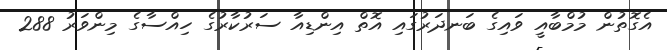
އެގޮތުން މުމްބާއީ ވައިގެ ބަނދަރުގައި އޮތް އިންޑިއާ ސަރުކާރުގެ ހިއްސާގެ މިންވަރު 288